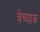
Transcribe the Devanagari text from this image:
त्रेच्याक